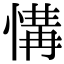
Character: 𢞡